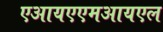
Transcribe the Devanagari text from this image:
एआयएएमआयएल